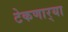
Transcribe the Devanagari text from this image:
टेकणार्‍या